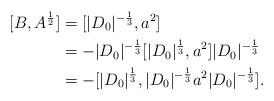
LaTeX: \begin{align*} [B,A^{\frac12}] &= [|D_0|^{-\frac13},a^2]\\ &= -|D_0|^{-\frac13}[|D_0|^{\frac13},a^2]|D_0|^{-\frac13}\\ &= -[|D_0|^{\frac13},|D_0|^{-\frac13}a^2|D_0|^{-\frac13}]. \end{align*}